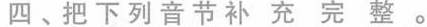
四、把下列音节补充完整。